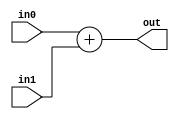
module coreir_add #(
    parameter width = 1
) (
    input [width-1:0] in0,
    input [width-1:0] in1,
    output [width-1:0] out
);
  assign out = in0 + in1;
endmodule

module corebit_const #(
    parameter value = 1
) (
    output out
);
  assign out = value;
endmodule

module Add2_cin (
    input [1:0] I0,
    input [1:0] I1,
    output [1:0] O,
    input CIN
);
wire bit_const_0_None_out;
wire [1:0] coreir_add2_inst0_out;
wire [1:0] coreir_add2_inst1_out;
corebit_const #(
    .value(1'b0)
) bit_const_0_None (
    .out(bit_const_0_None_out)
);
coreir_add #(
    .width(2)
) coreir_add2_inst0 (
    .in0(coreir_add2_inst1_out),
    .in1(I1),
    .out(coreir_add2_inst0_out)
);
wire [1:0] coreir_add2_inst1_in0;
assign coreir_add2_inst1_in0 = {bit_const_0_None_out,CIN};
coreir_add #(
    .width(2)
) coreir_add2_inst1 (
    .in0(coreir_add2_inst1_in0),
    .in1(I0),
    .out(coreir_add2_inst1_out)
);
assign O = coreir_add2_inst0_out;
endmodule